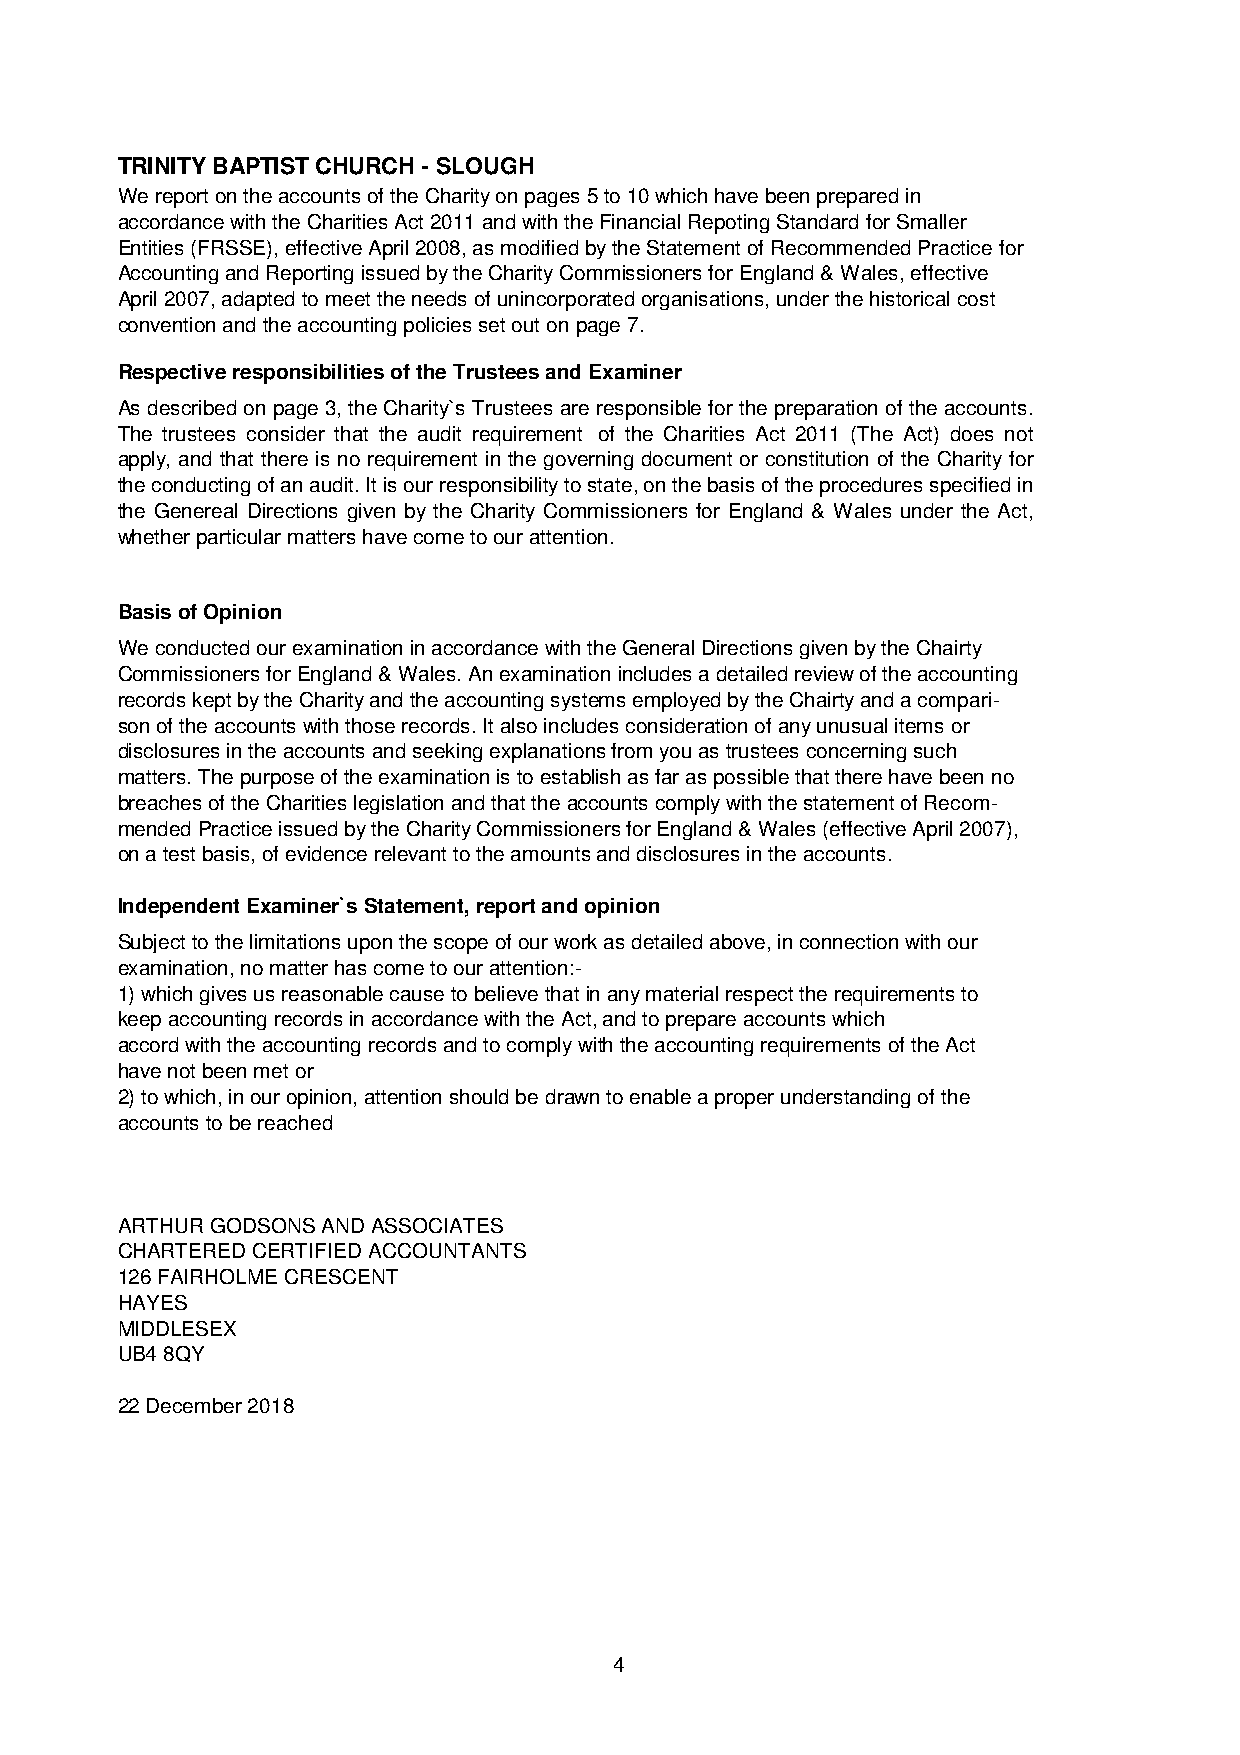
TRINITY BAPTIST CHURCH - SLOUGH
 We report on the accounts of the Charity on pages 5 to 10 which have been prepared in
 accordance with the Charities Act 2011 and with the Financial Repoting Standard for Smaller
 Entities (FRSSE), effective April 2008, as modified by the Statement of Recommended Practice for
 Accounting and Reporting issued by the Charity Commissioners for England & Wales, effective
 April 2007, adapted to meet the needs of unincorporated organisations, under the historical cost
 convention and the accounting policies set out on page 7.
 Respective responsibilities of the Trustees and Examiner
 As describedonpage3,theCharity`s Trustees areresponsiblefor thepreparationof theaccounts.
 The trustees consider that the audit requirement of the Charities Act 2011 (The Act) does not
 apply, and that there is no requirement in the governing document or constitution of the Charityfor
 theconductingofanaudit.Itisourresponsibilitytostate,onthebasisoftheproceduresspecifiedin
 the Genereal Directions given by the Charity Commissioners for England & Wales under the Act,
 whether particular matters have come to our attention.
 Basis of Opinion
 We conducted our examination in accordance with the General Directions given by the Chairty
 Commissioners for England & Wales. An examination includes a detailed review of the accounting
 records kept by the Charity and the accounting systems employed by the Chairty and a compari-
 son of the accounts with those records. It also includes consideration of any unusual items or
 disclosures in the accounts and seeking explanations from you as trustees concerning such
 matters. The purpose of the examination is to establish as far as possible that there have been no
 breaches of the Charities legislation and that the accounts comply with the statement of Recom-
 mended Practice issued by the Charity Commissioners for England & Wales (effective April 2007),
 on a test basis, of evidence relevant to the amounts and disclosures in the accounts.
 Independent Examiner`s Statement, report and opinion
 Subject to the limitations upon the scope of our work as detailed above, in connection with our
 examination, no matter has come to our attention:-
 1) which gives us reasonable cause to believe that in any material respect the requirements to
 keep accounting records in accordance with the Act, and to prepare accounts which
 accord with the accounting records and to comply with the accounting requirements of the Act
 have not been met or
 2) to which, in our opinion, attention should be drawn to enable a proper understanding of the
 accounts to be reached
 ARTHUR GODSONS AND ASSOCIATES
 CHARTERED CERTIFIED ACCOUNTANTS
 126 FAIRHOLME CRESCENT
 HAYES
 MIDDLESEX
 UB4 8QY
 22 December 2018
 4